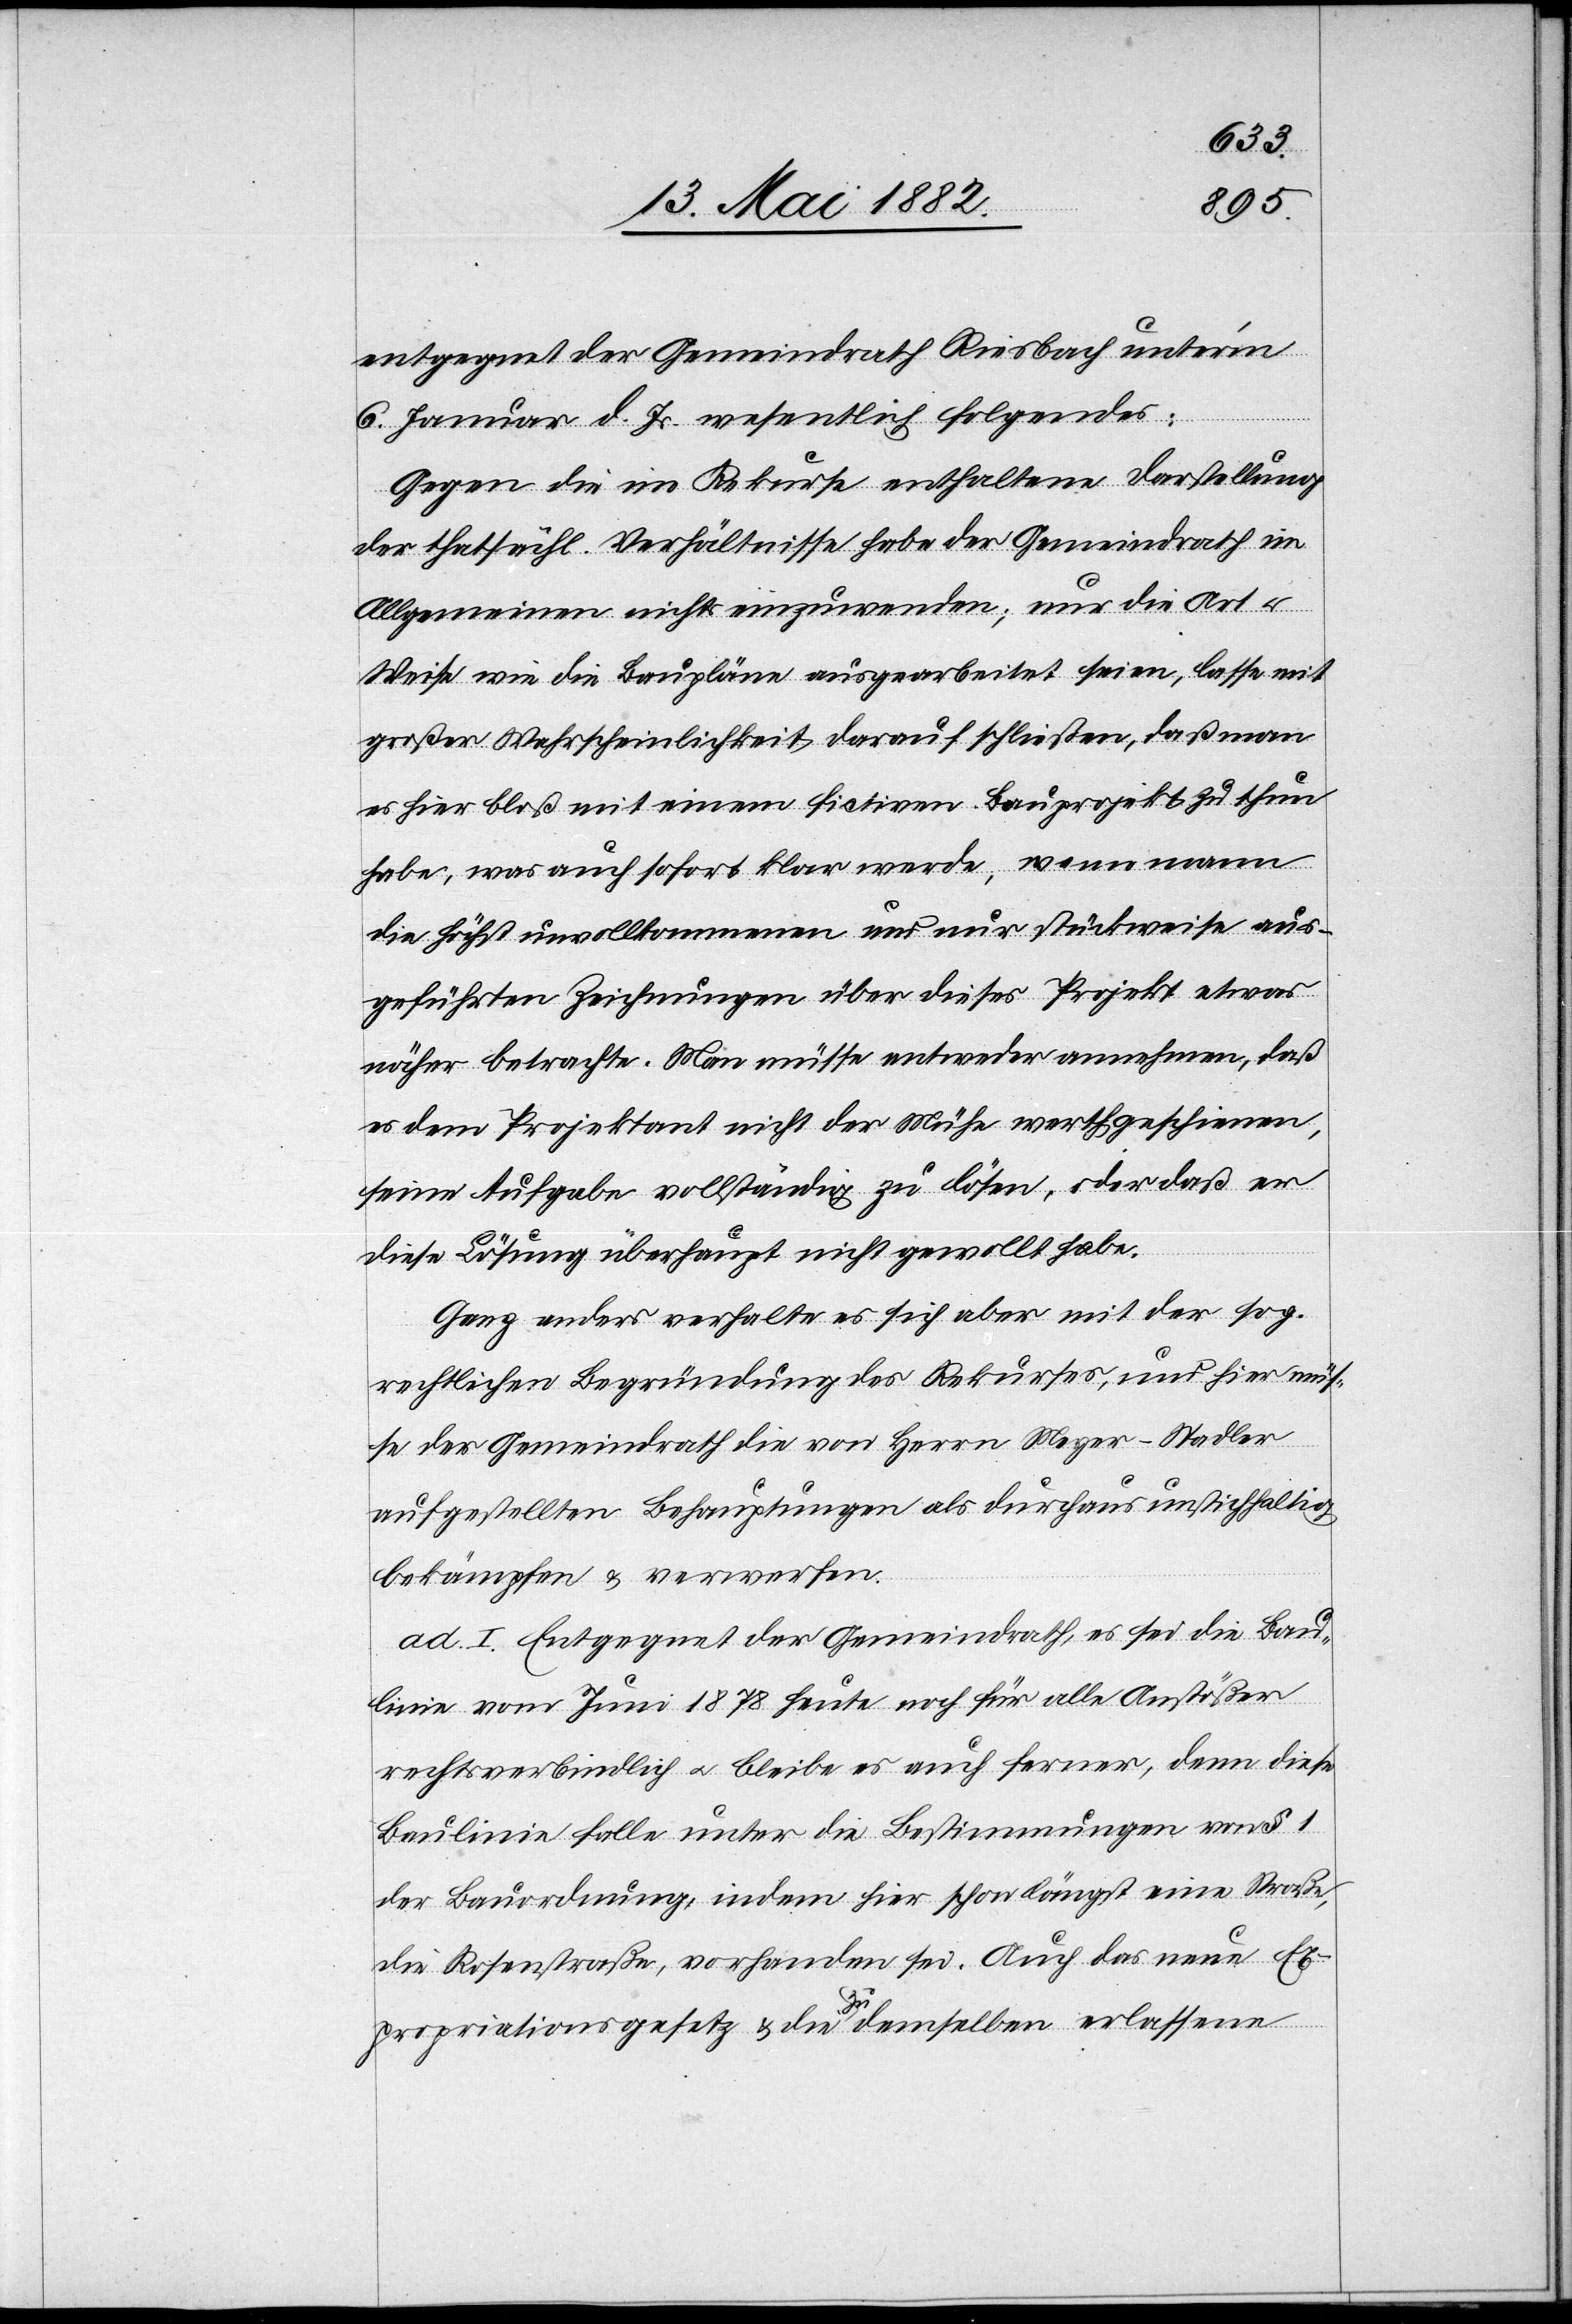
entgegnet der Gemeindrath Riesbach unterm
6. Januar d. Js. wesentlich Folgendes:
Gegen die im Rekurse enthaltene Darstellung
der thatsächl. Verhältnisse habe der Gemeindrath im
Allgemeinen nichts einzuwenden; nur die Art u.
Weise wie die Baupläne ausgearbeitet seien, lasse mit
großer Wahrscheinlichkeit darauf schließen, daß man
es hier bloß mit einem fictiven Bauprojekt zu thun
habe, was auch sofort klar werde, wenn mann
die höchst unvollkommenen und nur stückweise aus¬
geführten Zeichnungen über dieses Projekt etwas
näher betrachte. Man müsse entweder annehmen, daß
es dem Projektant nicht der Mühe werth erscheine,
seine Aufgabe vollständig zu lösen, oder daß er
diese Lösung überhaupt nicht gewollt habe.
Ganz anders verhalte es sich aber mit der sog.
rechtlichen Begründung des Rekurses, und hier müs¬
se der Gemeindrath die von Herrn Meyer-Stadler
aufgestellten Behauptungen als durchaus unstichhaltig
bekämpfen & verwerfen.
ad I. Entgegnet der Gemeindrath, es sei die Bau¬
linie vom Juni 1878 heute noch für alle Anstößer
rechtsverbindlich u. bleibe es auch ferner, denn diese
Baulinie falle unter die Bestimmungen von § 1
der Bauordnung, indem hier schon längst eine Straße,
die Rosenstraße, vorhanden sei. Auch das neue Ex¬
propriationsgesetz & die zu demselben erlassene